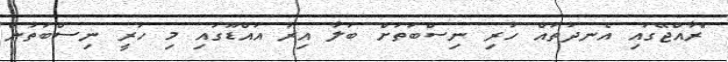
"ރާއްޖޭގައި އެނދުތައް ހުރި ނިސްބަތަށް ބަލާ އިރު އައްޑޫގައި މި ހުރީ ނިސްބަތުން